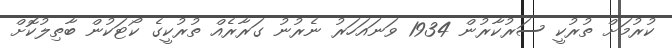
ކުރުމަށް ތުރުކީ ސަރުކާރުން 1934 ވަނައަހަރު ނެރުނު ގަރާރެއް ތުރުކީގެ ކޯޓަކުން ބާތިލުކޮށް